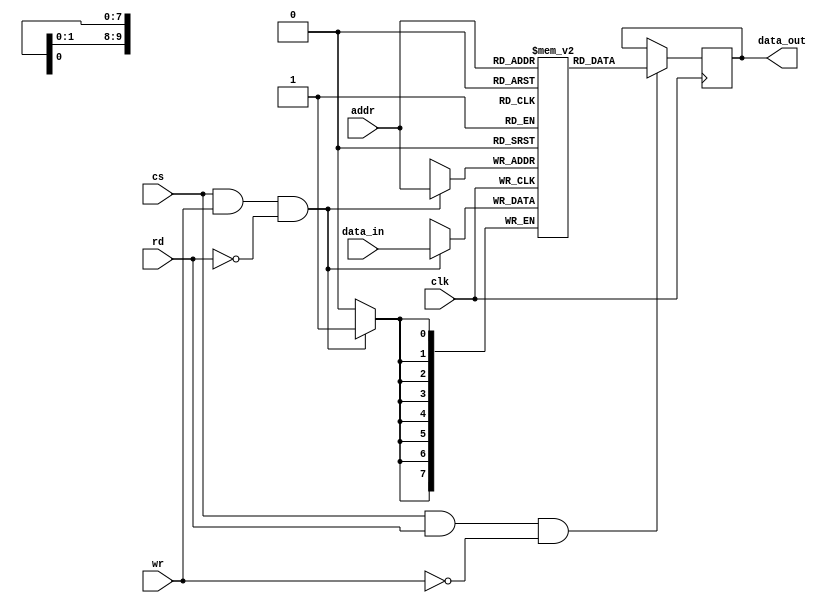
`timescale 1ns / 1ps
//////////////////////////////////////////////////////////////////////////////////
// Company: 
// Engineer: 
// 
// Design Name: 
// Module Name: singleport_ram
// Project Name: 
// Target Devices: 
// Tool Versions: 
// Description: 
// 
// Dependencies: 
// 
// Revision:
// Revision 0.01 - File Created
// Additional Comments:
// 
//////////////////////////////////////////////////////////////////////////////////


module singleport_ram(addr,clk,rd,wr,cs,data_in,data_out);
input [9:0]addr;
input clk,rd,wr,cs;
input [7:0]data_in;
output [7:0]data_out;
reg [7:0]data_out;
reg[7:0] mem[1023:0];
always@(posedge clk)
begin
if(cs&&wr&&!rd)
mem[addr]<=data_in;
if(cs&&rd&&!wr)
data_out<=mem[addr];
end
endmodule